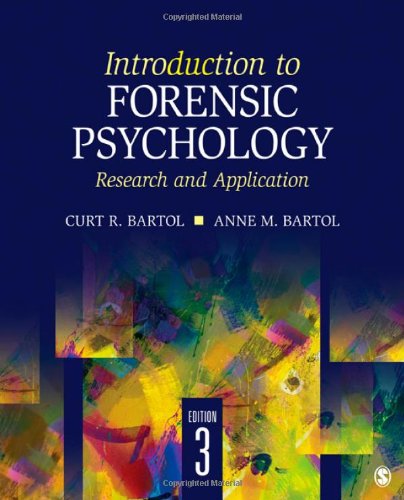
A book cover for Introduction to Forensic Psychology: Research and Application; Curtis R. Bartol; Medical Books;